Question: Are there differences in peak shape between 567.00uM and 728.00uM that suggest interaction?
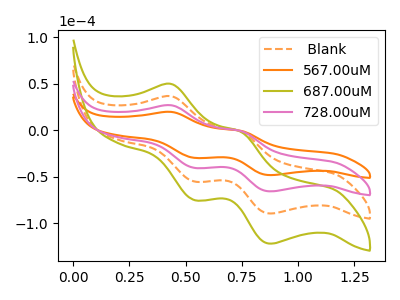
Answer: <think>The orange dashed curve " Blank" has anodic peaks at (0.45V, 53.50uA) (0.75V, -1.95uA) and cathodic peaks at (0.55V, -80.85uA) (0.90V, -131.40uA). The orange curve "567.00uM" has anodic peaks at (0.45V, 19.65uA) (0.75V, -0.70uA) and cathodic peaks at (0.55V, -29.65uA) (0.90V, -48.25uA). The olive curve "687.00uM" has anodic peaks at (0.45V, 80.25uA) (0.75V, -2.95uA) and cathodic peaks at (0.55V, -121.25uA) (0.90V, -197.10uA). The pink curve "728.00uM" has anodic peaks at (0.45V, 26.75uA) (0.75V, -1.00uA) and cathodic peaks at (0.55V, -40.40uA) (0.90V, -65.70uA).
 All the peaks in "567.00uM" have a peak in "728.00uM" at the same potential.</think>
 <answer>No, "567.00uM" and "728.00uM" don't appear to be significantly different in shape</answer>
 <eval>no_change</eval>